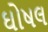
ઘોષલ